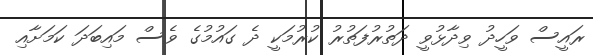
ރައީސް ވަހީދު ވިދާޅުވީ ދަތުރުފަތުރު ކުރުމަކީ ދެ ގައުމުގެ ވެސް މައިބަދަ ކަމަށާއި